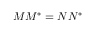
M M ^ { * } = N N ^ { * }